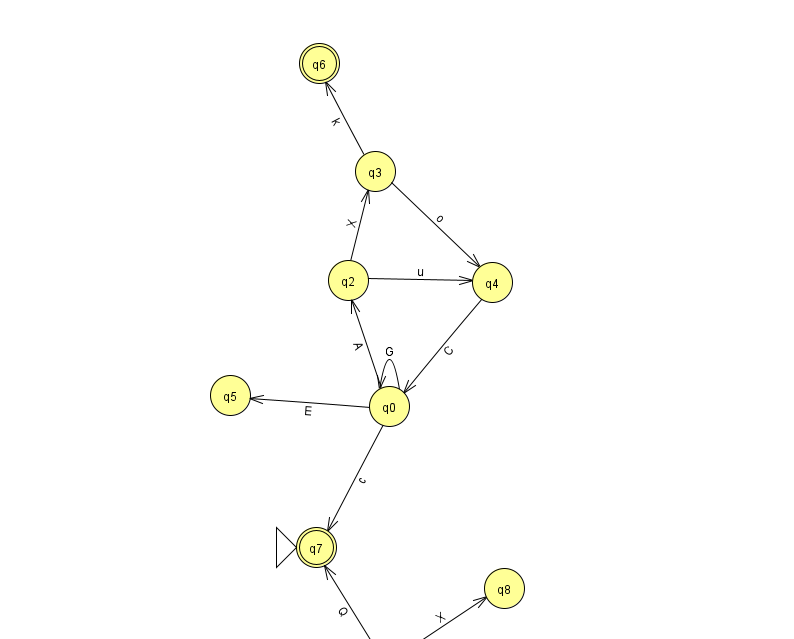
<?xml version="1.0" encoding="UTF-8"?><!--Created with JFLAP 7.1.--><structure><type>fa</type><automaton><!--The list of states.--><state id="0" name="q0"><x>389.0</x><y>393.0</y></state><state id="1" name="q1"><x>388.0</x><y>651.0</y><final/></state><state id="2" name="q2"><x>348.0</x><y>267.0</y></state><state id="3" name="q3"><x>375.0</x><y>158.0</y></state><state id="4" name="q4"><x>492.0</x><y>269.0</y></state><state id="5" name="q5"><x>230.0</x><y>382.0</y></state><state id="6" name="q6"><x>319.0</x><y>50.0</y><final/></state><state id="7" name="q7"><x>316.0</x><y>534.0</y><initial/><final/></state><state id="8" name="q8"><x>504.0</x><y>575.0</y></state><!--The list of transitions.--><transition><from>0</from><to>2</to><read>A</read></transition><transition><from>4</from><to>0</to><read>C</read></transition><transition><from>0</from><to>7</to><read>c</read></transition><transition><from>2</from><to>4</to><read>u</read></transition><transition><from>3</from><to>6</to><read>k</read></transition><transition><from>0</from><to>5</to><read>E</read></transition><transition><from>0</from><to>0</to><read>G</read></transition><transition><from>3</from><to>4</to><read>o</read></transition><transition><from>1</from><to>7</to><read>Q</read></transition><transition><from>2</from><to>3</to><read>X</read></transition><transition><from>1</from><to>8</to><read>X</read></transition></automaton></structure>